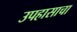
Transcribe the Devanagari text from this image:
उपहासाचा